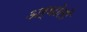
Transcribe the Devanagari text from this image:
अर्घोती